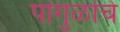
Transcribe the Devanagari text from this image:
पांगुळांचे